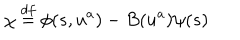
\chi \stackrel { d f } { = } \phi ( s , u ^ { a } ) - B ( u ^ { a } ) \psi ( s )